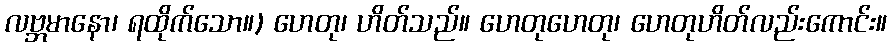
လဗ္ဘမာနော၊ ရထိုက်သော။) ဟေတု၊ ဟိတ်သည်။ ဟေတုဟေတု၊ ဟေတုဟိတ်လည်းကောင်း။